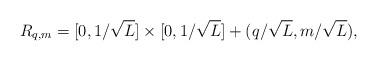
LaTeX: \begin{align*} R_{q,m}=[0,1/\sqrt{L}]\times [0,1/\sqrt{L}] + (q/\sqrt{L},m/\sqrt{L}),\end{align*}